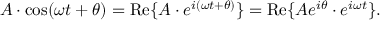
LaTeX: \begin{array} { r } { A \cdot \cos ( \omega t + \theta ) = \operatorname { R e } \{ A \cdot e ^ { i ( \omega t + \theta ) } \} = \operatorname { R e } \{ A e ^ { i \theta } \cdot e ^ { i \omega t } \} . } \end{array}